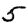
Digit: 5